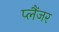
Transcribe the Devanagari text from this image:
प्लैंजर